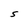
Character: S